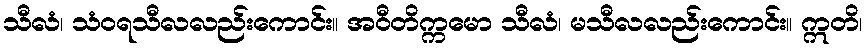
သီလံ၊ သံဝရသီလလည်းကောင်း။ အဝီတိက္ကမော သီလံ၊ မသီလလည်းကောင်း။ ဣတိ၊